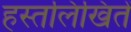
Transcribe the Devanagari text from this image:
हस्तलिखितें